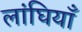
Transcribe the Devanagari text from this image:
लांघियाँ